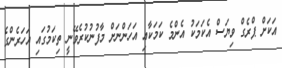
އަކަށް ޕްރެގް ވިޔަސް އެކަމަކު އެންމެ ކަމަކާއި އަހަންނަށް މާފުނުކުރެވޭނީ ތިކަމުގައި އަހަރެންގެ